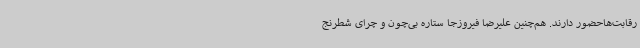
رقابت‌هاحضور دارند. هم‌چنین علیرضا فیروزجا ستاره بی‌چون و چرای شطرنج